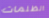
الظلمات